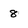
Character: 8